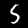
Label: 5